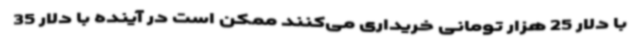
با دلار 25 هزار تومانی خریداری می‌کنند ممکن است در آینده با دلار 35